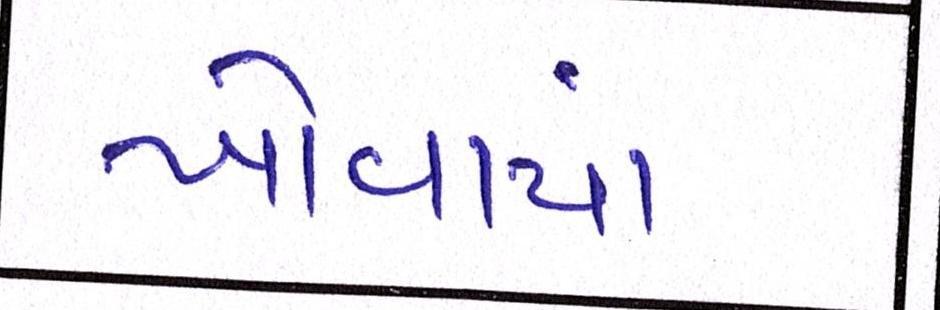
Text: ખોવાયાં